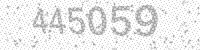
Solution: 445059